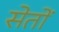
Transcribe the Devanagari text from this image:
सेतों